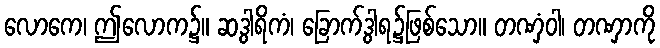
လောကေ၊ ဤလောက၌။ ဆဒွါရိကံ၊ ခြောက်ဒွါရ၌ဖြစ်သော။ တဏှံဝါ၊ တဏှာကို